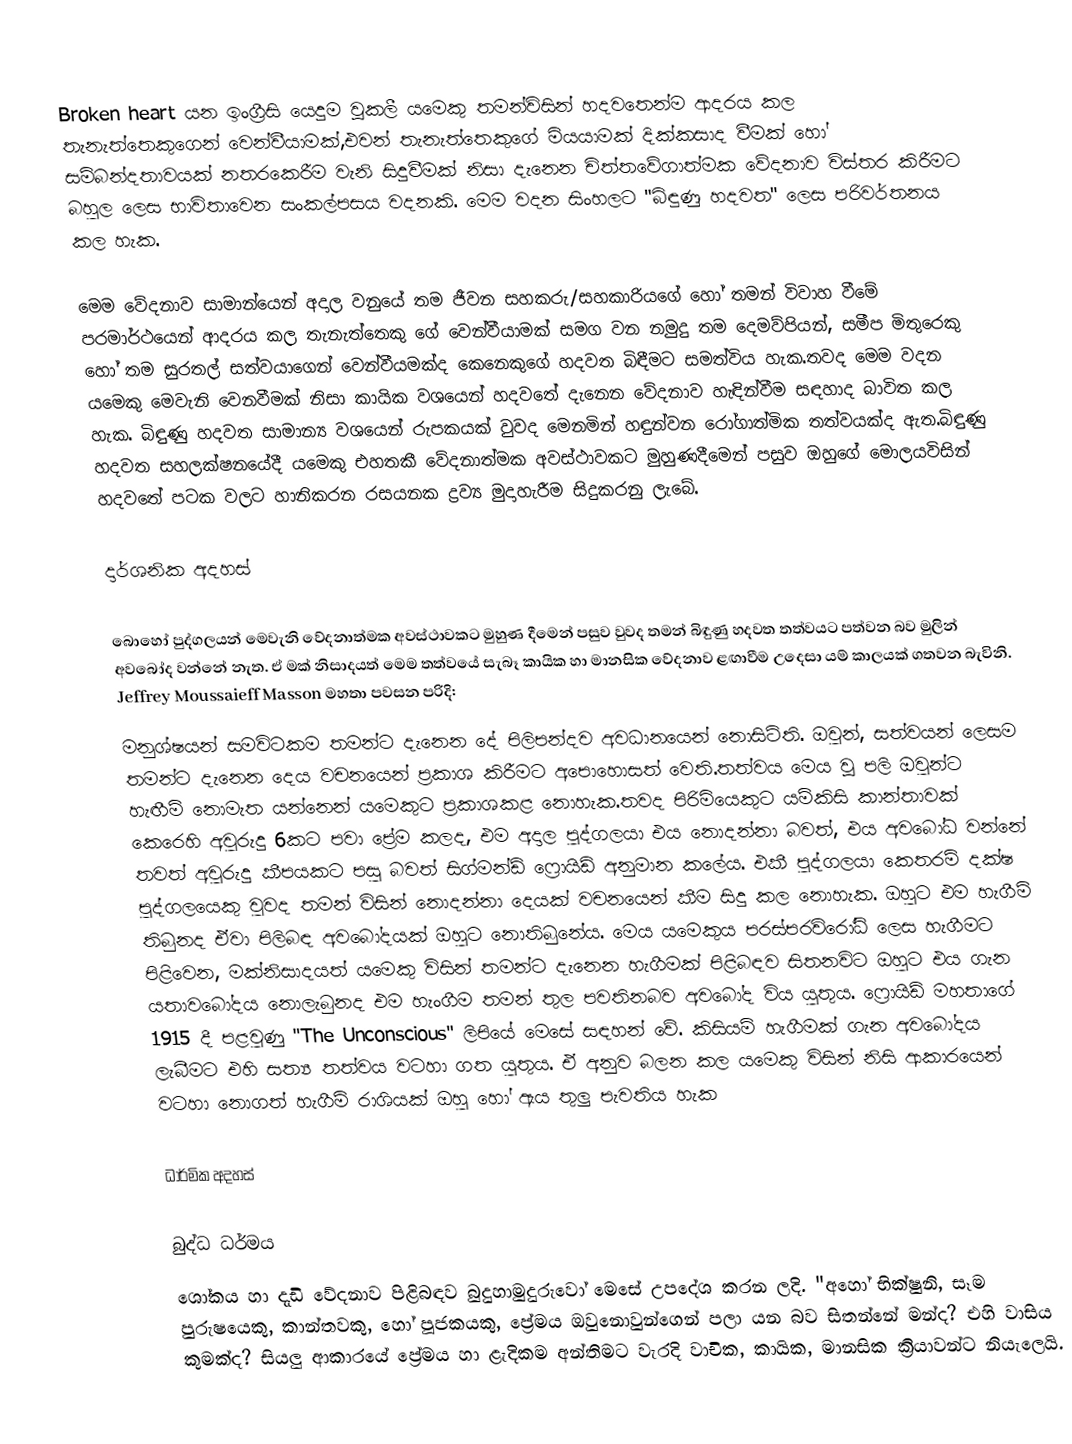
Broken heart යන ඉංග්‍රීසි යෙදුම  වූකලී යමෙකු තමන්විසින් හදවතෙන්ම ආදරය කල තැනැත්තෙකුගෙන් වෙන්වීයාමක්,එවන් තැනැත්තෙකුගේ මියයාමක් දික්කසාද වීමක් හෝ සම්බන්දතාවයක් නතරකෙරීම වැනි සිදුවීමක් නිසා දැනෙන චිත්තවේගාත්මක වේදනාව විස්තර කිරීමට බහුල ලෙස භාවිතාවෙන සංකල්පසය වදනකි. මෙම වදන සිංහලට "බිඳුණු හදවත" ලෙස පරිවර්තනය කල හැක.

මෙම වේදනාව සාමාන්යෙන් අදාල වනුයේ තම ජීවන සහකරු/සහකාරියගේ හෝ තමන් විවාහ වීමේ පරමාර්ථයෙන් ආදරය කල තැනැත්තෙකු ගේ වෙන්වීයාමක් සමග වන නමුදු තම දෙමව්පියන්, සමීප මිතුරෙකු හෝ තම සුරතල් සත්වයාගෙන් වෙන්වීයමක්ද කෙනෙකුගේ හදවත බිඳීමට සමත්විය හැක.තවද මෙම වදන යමෙකු මෙවැනි වෙනවීමක් නිසා කායික වශයෙන් හදවතේ දැනෙන වේදනාව හැඳින්වීම සඳහාද බාවිත කල හැක. බිඳුණු හදවත සාමාන්‍ය වශයෙන් රුපකයක් වුවද මෙනමින් හඳුන්වන රෝගාත්මික තත්වයක්ද ඇත.බිඳුණු හදවත  සහලක්ෂනයේදී යමෙකු එහතකී වේදනාත්මක අවස්ථාවකට මුහුණදීමෙන් පසුව ඔහුගේ මොලයවිසින් හදවතේ පටක වලට හානිකරන රසයනක ද්‍රව්‍ය මුදාහැරීම සිදුකරනු ලැබේ.

දාර්ශනික අදහස්

බොහෝ පුද්ගලයන් මෙවැනි වේදනාත්මක අවස්ථාවකට මුහුණ දීමෙන් පසුව වුවද තමන් බිඳුණු හදවත තත්වයට පත්වන බව මුලින් අවබෝද වන්නේ නැත. ඒ මක් නිසාදයත් මෙම තත්වයේ සැබෑ කායික හා මානසික වේදනාව ළඟාවීම උදෙසා යම් කාලයක් ගතවන බැවිනි. Jeffrey Moussaieff Masson මහතා පවසන පරිදි:
මනුශ්ෂයන් සමවිටකම තමන්ට දැනෙන දේ පිලිපන්දව අවධානයෙන් නොසිටිති. ඔවුන්, සත්වයන් ලෙසම තමන්ට දැනෙන දෙය වචනයෙන් ප්‍රකාශ කිරීමට අපොහොසත් වෙති.තත්වය මෙය වූ පලි ඔවුන්ට හැඟීම් නොමැත යන්නෙන් යමෙකුට ප්‍රකාශකළ නොහැක.තවද පිරිමියෙකුට යම්කිසි කාන්තාවක් කෙරෙහි අවුරුදු 6කට පවා ප්‍රේම කලද, එම අදාල පුද්ගලයා එය නොදන්නා බවත්, එය අවබෝධ වන්නේ තවත් අවුරුදු කීපයකට පසු බවත් සිග්මන්ඩ් ෆ්‍රොයිඩ් අනුමාන කලේය. එකී පුද්ගලයා කෙතරම් දක්ෂ පුද්ගලයෙකු වුවද තමන් විසින් නොදන්නා දෙයක් වචනයෙන් කීම සිදු කල නොහැක. ඔහුට එම හැගීම් තිබුනද ඒවා පිලිබඳ අවබෝදයක් ඔහුට නොතිබුනේය. මෙය යමෙකුය පරස්පරවිරෝධි ලෙස හැගීමට පිළිවෙන, මක්නිසාදයත් යමෙකු විසින් තමන්ට දැනෙන හැගීමක් පිළිබඳව සිතනවිට ඔහුට එය ගැන යතාවබෝදය නොලැබුනද එම හැංගීම තමන් තුල පවතිනබව අවබෝද විය යුතුය. ෆ්‍රොයිඩ් මහතාගේ 1915 දී පළවුණු "The Unconscious" ලිපියේ මෙසේ සඳහන් වේ. කිසියම් හැගීමක් ගැන අවබෝදය ලැබීමට එහි සත්‍ය තත්වය වටහා ගත යුතුය. ඒ අනුව බලන කල යමෙකු විසින් නිසි ආකාරයෙන් වටහා  නොගත් හැගීම් රාශියක් ඔහු හෝ ඇය තුලු පැවතිය හැක

ධාර්මික අදහස්

බුද්ධ ධර්මය
ශෝකය හා දැඩි වේදනාව පිළිබඳව බුදුහාමුදුරුවෝ මෙසේ උපදේශ කරන ලදි. "අහෝ භික්ෂුනි, සෑම පුරුෂයෙකු, කාන්තවකු, හෝ පූජකයකු, ප්‍රේමය ඔවුනොවුන්ගෙන් පලා යන බව සිතන්නේ මන්ද? එහි වාසිය කුමක්ද? සියලු ආකාරයේ ප්‍රේමය හා  ළැදිකම අන්තිමට වැරදි වාචික, කායික, මානසික ක්‍රියාවන්ට නියැලෙයි.